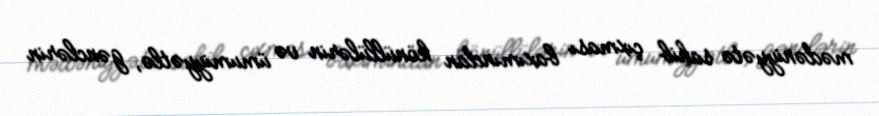
mədəniyyətə sahib çıxması baxımından könüllülərin və ümumiyyətlə, gənclərin